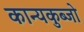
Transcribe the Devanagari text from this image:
कान्यकुब्जो